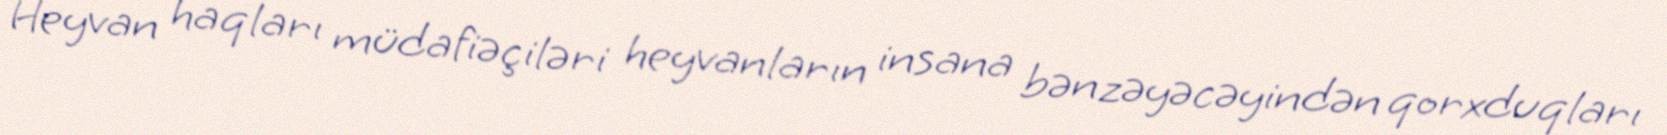
Heyvan haqları müdafiəçiləri heyvanların insana bənzəyəcəyindən qorxduqları